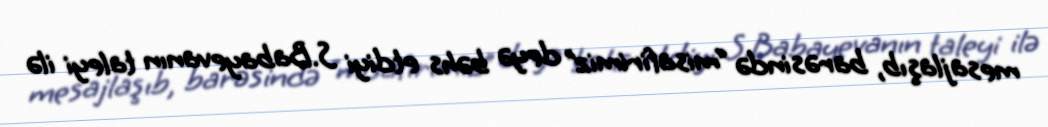
mesajlaşıb, barəsində “misafirimiz” deyə bəhs etdiyi S.Babayevanın taleyi ilə